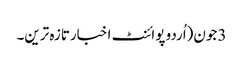
3 جون(اُردو پوائنٹ اخبارتازہ ترین۔